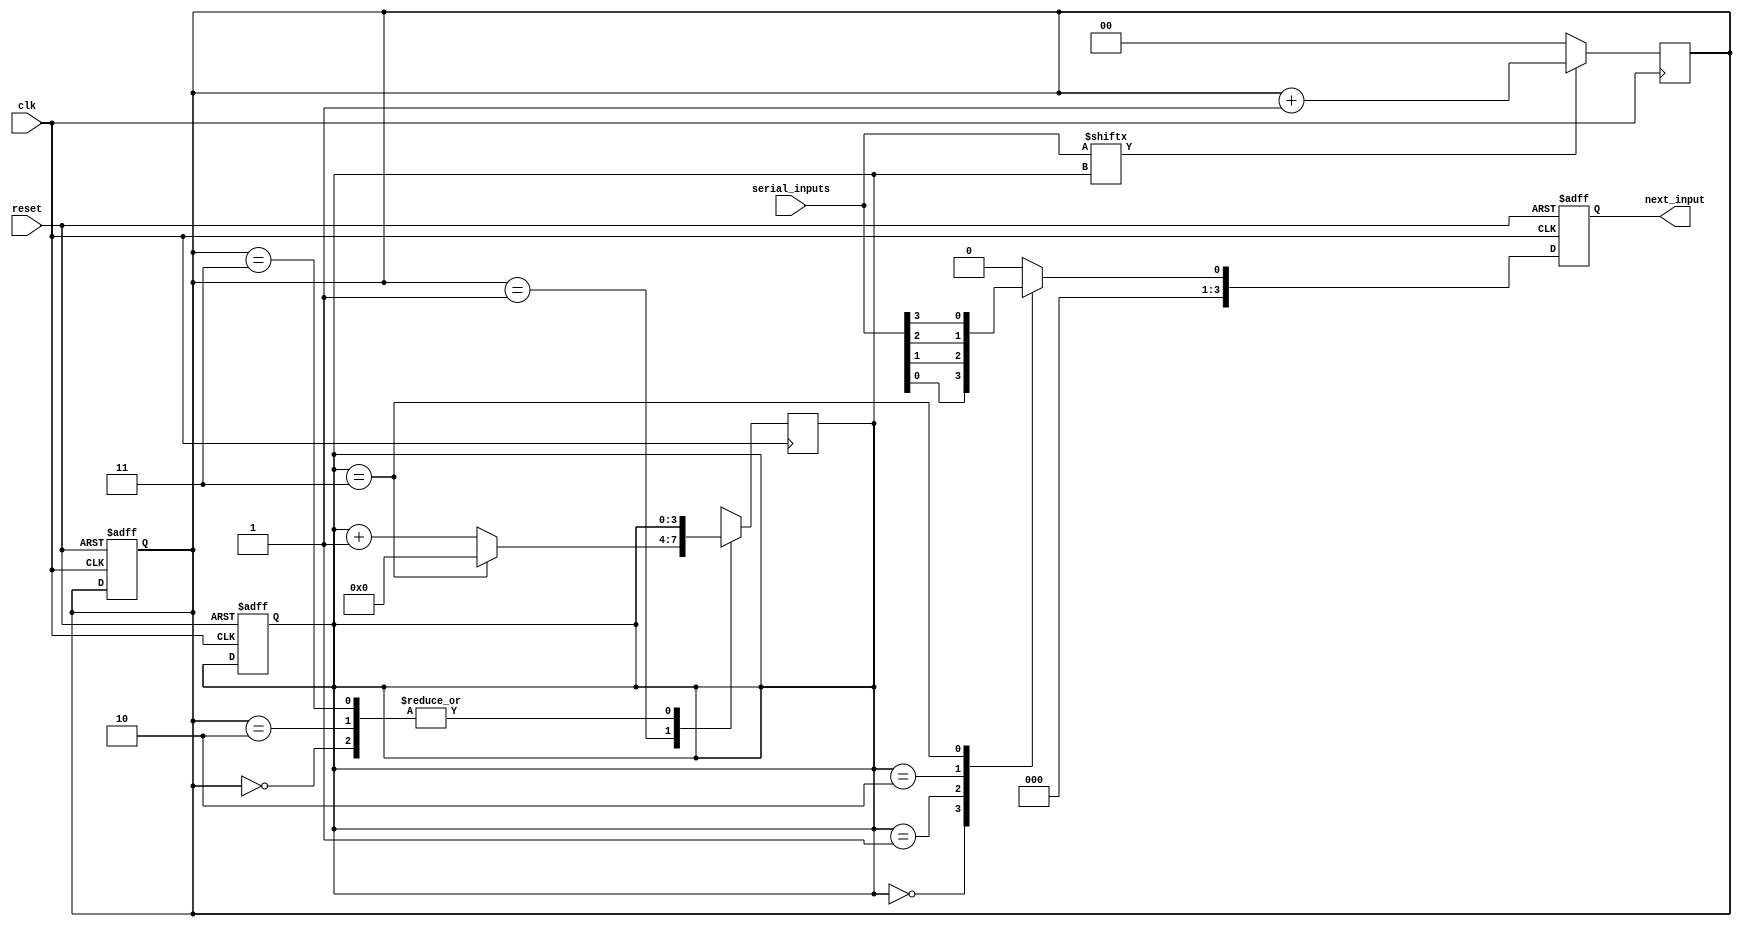
module serial_arbiter (
    input wire clk,
    input wire reset,
    input wire [3:0] serial_inputs, // Assuming 4 serial inputs
    output reg [3:0] next_input
);

reg [3:0] priority;
reg [1:0] conflict_count;

always @ (posedge clk or posedge reset) begin
    if (reset) begin
        priority <= 4'b0000;  // Initialize priority to lowest value
        conflict_count <= 2'b00;  // Initialize conflict count
        next_input <= 4'b0000;  // Initialize next input
    end else begin
        // Determine next input based on priority scheme
        case (priority)
            4'b0000: next_input <= serial_inputs[0];
            4'b0001: next_input <= serial_inputs[1];
            4'b0010: next_input <= serial_inputs[2];
            4'b0011: next_input <= serial_inputs[3];
            default: next_input <= 4'b0000;  // Default to lowest priority
        endcase
    end
end

always @ (posedge clk) begin
    // Handle arbitration conflicts
    if (serial_inputs[priority] == 1'b1) begin
        conflict_count <= conflict_count + 1;
    end else begin
        conflict_count <= 2'b00;
    end

    // Update priority based on conflict count
    case (conflict_count)
        2'b00: priority <= priority;
        2'b01: priority <= (priority == 4'b0011) ? 4'b0000 : priority + 1;
        2'b10: priority <= priority;
        2'b11: priority <= priority;
        default: priority <= 4'b0000;  // Default to lowest priority
    endcase
end

endmodule